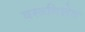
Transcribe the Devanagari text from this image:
वस्त्रविशेष